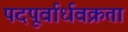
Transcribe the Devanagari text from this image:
पदपूर्वार्धवक्रता